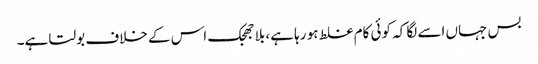
بس جہاں اسے لگا کہ کوئی کام غلط ہو رہا ہے، بلاجھجک اس کے خلاف بولتا ہے۔